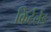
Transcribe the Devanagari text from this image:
किर्टलैंड